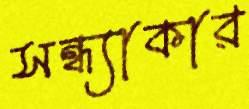
সন্ধ্যাকার